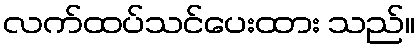
လက်ထပ်သင်ပေးထား သည်။